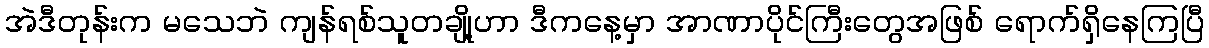
အဲဒီတုန်းက မသေဘဲ ကျန်ရစ်သူတချို့ဟာ ဒီကနေ့မှာ အာဏာပိုင်ကြီးတွေအဖြစ် ရောက်ရှိနေကြပြီ